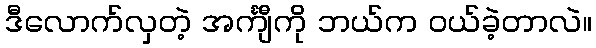
ဒီလောက်လှတဲ့ အင်္ကျီကို ဘယ်က ဝယ်ခဲ့တာလဲ။